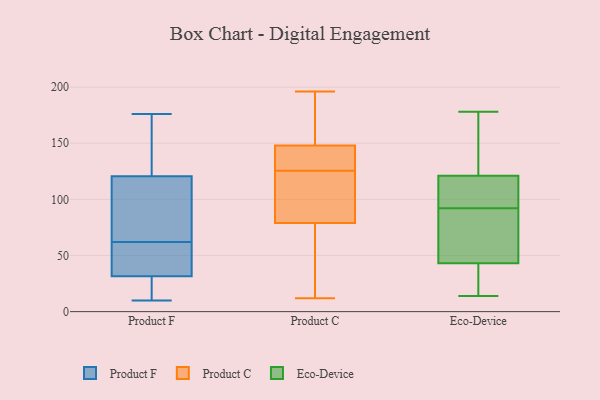
{"axis": {"x": "Tickets Resolved", "y": "Value"}, "legend": ["Eco-Device", "Product C", "Product F"], "data": [{"x": "", "y": 117, "type": "Product F"}, {"x": "", "y": 17, "type": "Product F"}, {"x": "", "y": 92, "type": "Product F"}, {"x": "", "y": 31, "type": "Product F"}, {"x": "", "y": 124, "type": "Product F"}, {"x": "", "y": 60, "type": "Product F"}, {"x": "", "y": 28, "type": "Product F"}, {"x": "", "y": 62, "type": "Product F"}, {"x": "", "y": 154, "type": "Product F"}, {"x": "", "y": 153, "type": "Product F"}, {"x": "", "y": 176, "type": "Product F"}, {"x": "", "y": 175, "type": "Product F"}, {"x": "", "y": 83, "type": "Product F"}, {"x": "", "y": 89, "type": "Product F"}, {"x": "", "y": 49, "type": "Product F"}, {"x": "", "y": 62, "type": "Product F"}, {"x": "", "y": 10, "type": "Product F"}, {"x": "", "y": 45, "type": "Product F"}, {"x": "", "y": 18, "type": "Product F"}, {"x": "", "y": 32, "type": "Product F"}, {"x": "", "y": 12, "type": "Product C"}, {"x": "", "y": 133, "type": "Product C"}, {"x": "", "y": 79, "type": "Product C"}, {"x": "", "y": 104, "type": "Product C"}, {"x": "", "y": 189, "type": "Product C"}, {"x": "", "y": 143, "type": "Product C"}, {"x": "", "y": 118, "type": "Product C"}, {"x": "", "y": 70, "type": "Product C"}, {"x": "", "y": 196, "type": "Product C"}, {"x": "", "y": 140, "type": "Product C"}, {"x": "", "y": 75, "type": "Product C"}, {"x": "", "y": 140, "type": "Product C"}, {"x": "", "y": 172, "type": "Product C"}, {"x": "", "y": 79, "type": "Product C"}, {"x": "", "y": 83, "type": "Product C"}, {"x": "", "y": 148, "type": "Product C"}, {"x": "", "y": 171, "type": "Product C"}, {"x": "", "y": 80, "type": "Product C"}, {"x": "", "y": 24, "type": "Eco-Device"}, {"x": "", "y": 120, "type": "Eco-Device"}, {"x": "", "y": 93, "type": "Eco-Device"}, {"x": "", "y": 156, "type": "Eco-Device"}, {"x": "", "y": 59, "type": "Eco-Device"}, {"x": "", "y": 98, "type": "Eco-Device"}, {"x": "", "y": 67, "type": "Eco-Device"}, {"x": "", "y": 119, "type": "Eco-Device"}, {"x": "", "y": 160, "type": "Eco-Device"}, {"x": "", "y": 31, "type": "Eco-Device"}, {"x": "", "y": 122, "type": "Eco-Device"}, {"x": "", "y": 14, "type": "Eco-Device"}, {"x": "", "y": 90, "type": "Eco-Device"}, {"x": "", "y": 104, "type": "Eco-Device"}, {"x": "", "y": 178, "type": "Eco-Device"}, {"x": "", "y": 42, "type": "Eco-Device"}, {"x": "", "y": 91, "type": "Eco-Device"}, {"x": "", "y": 129, "type": "Eco-Device"}, {"x": "", "y": 44, "type": "Eco-Device"}, {"x": "", "y": 30, "type": "Eco-Device"}]}